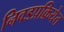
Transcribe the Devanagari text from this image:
निवडप्रक्रियेत